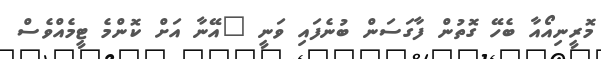
މޮރީނިއޯއާ ބެހޭ ގޮތުން ފާގަސަން ބުނެފައި ވަނީ "އޭނާ އަށް ކޮންމެ ޓީމެއްވެސް